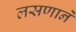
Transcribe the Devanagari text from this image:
लसणाने